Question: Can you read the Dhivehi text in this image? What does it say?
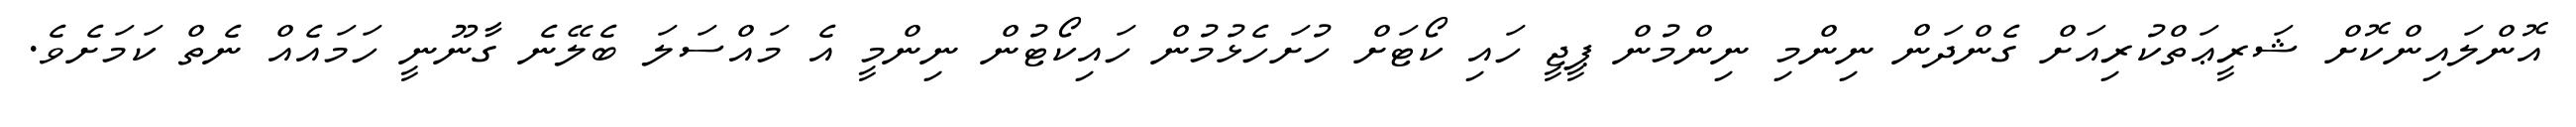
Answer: އޮންލައިންކޮށް ޝަރީޢަތްކުރިއަށް ގެންދަން ނިންމި ނިންމުން ޕީޖީ ހައި ކޯޓަށް ހުށަހެޅުމުން ހައިކޯޓުން ނިންމީ އެ މައްސަލަ ބެލޭނެ ގާނޫނީ ހަމައެއް ނެތް ކަމަށެވެ.